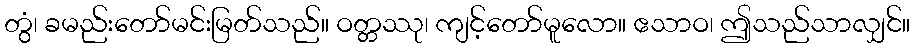
တွံ၊ ခမည်းတော်မင်းမြတ်သည်။ ဝတ္တဿု၊ ကျင့်တော်မူလော။ ဧသာဝ၊ ဤသည်သာလျှင်။